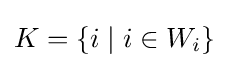
K=\{i\mid i\in W_{i}\}